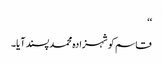
‘‘
قاسم کو شہزادہ محمد پسند آیا۔